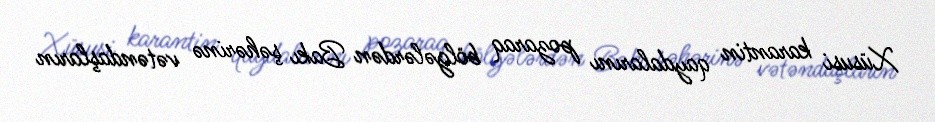
Xüsusi karantin qaydalarını pozaraq bölgələrdən Bakı şəhərinə vətəndaşların